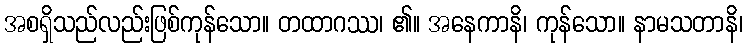
အစရှိသည်လည်းဖြစ်ကုန်သော။ တထာဂဿ၊ ၏။ အနေကာနိ၊ ကုန်သော။ နာမသတာနိ၊